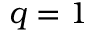
q = 1